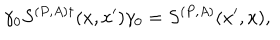
\gamma _ { 0 } S ^ { ( P , A ) \dagger } ( x , x ^ { \prime } ) \gamma _ { 0 } = S ^ { ( P , A ) } ( x ^ { \prime } , x ) ,